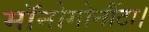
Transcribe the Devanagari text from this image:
मॉनोगोनौंटा।